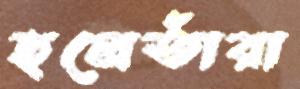
হলেতাঁরা